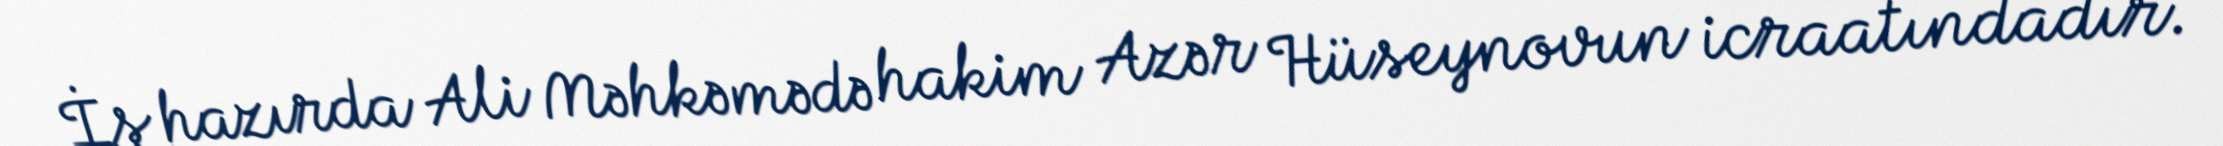
İş hazırda Ali Məhkəmədə hakim Azər Hüseynovun icraatındadır.